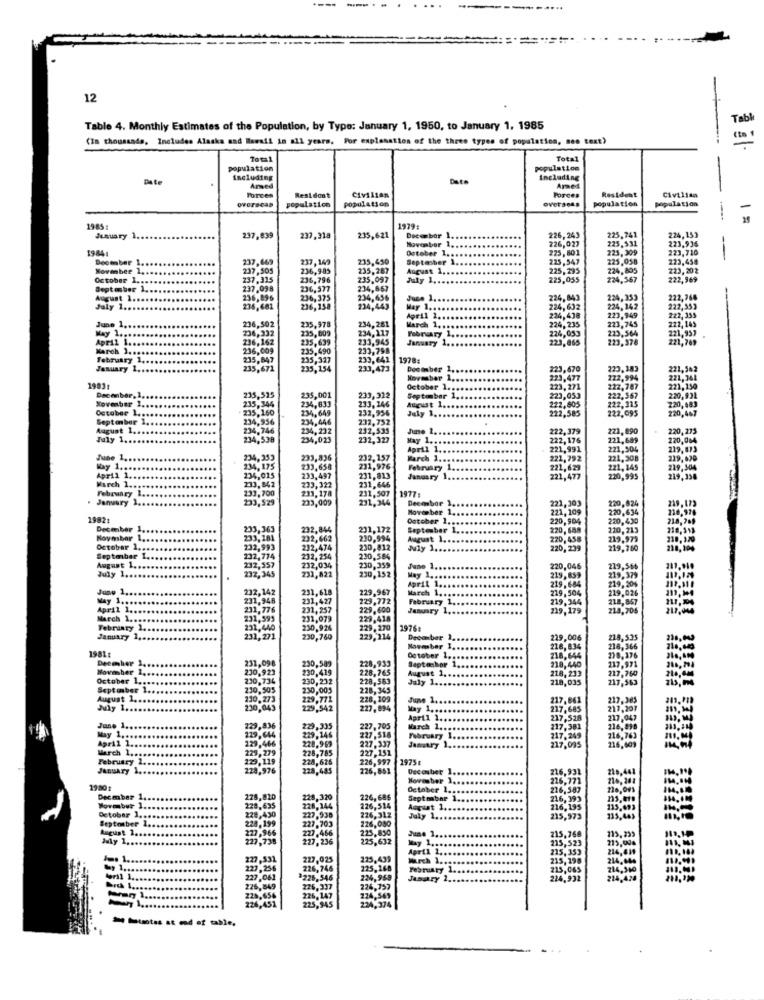
---
...
12
-
Tab
Table 4. Monthly Estimates of the Population, by Type: January 1, 1950, to January 1, 1985
(In thousands, Includes Alaska and Hawaii in all years. For explanation of the three types of population, men text)
Total
Total
population
population
Date
including
Date
including
Armed
Ames
Civilian
Forces
population
Resident
population
Civilian
overseas
POTCes
population
Resident
population
1985:
1979:
January
......
237,839
237,318
235,621
November 1.
Dece bar
226,243
225,741
225,531
224,153
223,934
19841
October 1 ...
225,801
225, 309
223,720
--
Deember 1.
237,669
237,149
235,450
Septasber 1
225,547
225,058
223,458
November 1 ..
237,505
236,985
235,287
August 1 ..
225,295
224,805
223,202
October 1 ...
237.315
236,796
235,097
July 1 ...
225,055
224,567
222,969
September 1
237,098
236.577
234,667
August 1.
236,896
236,375
234,656
224,843
224,353
222,768
July 1 ..
236,681
236,158
234,443
224,632
224,142
222,353
June 1 ..
236,502
April 2 ...
224,438
224,235
223,949
223,745
222, 143
222, 335
May 1 ...
236,332
235,809
235,978
234,117
234,281
March 1 ...
February 1
224,053
221,957
April 1 ...
236,162
235,639
233,945
January 1.
223,865
223,564
223,378
221,769
March 1 ..
216,009
235,490
233,798
february 1.
235,847
235,327
233,641
1978:
January 1.
235,671
235,154
233,473
Deciber 1.
223,670
223,183
221,542
November 1,
223,477
122,994
221,341
1903
October 1,
223,271
222,787
221,150
235,515
235,344
235,001
233,322
September 1
223,053
222,805
222,567
222,315
220,931
October 1 ..
235,160
234,833
233, 246
232,956
August 1 ...
July 1 ...
222,585
222.095
220,683
220,467
September 1
234,956
234,649
234,446
232,752
August 1 ...
234.746
234,232
232,535
222,379
221,890
220,273
July 1 ..
234,538
234,023
232,327
May 1 ..
222, 176
221,689
220,064
April 1 ..
221,991
221,504
219,873
June 1 ..
234,353
233,836
232,157
March 1 ..
221,792
221,308
229,620
Way 1 ...
234,175
233,658
231,976
February 1
221,629
221, 145
229,304
April 1 ..
234,015
233,842
233,497
231,813
January 1.
221,477
220,995
March 1 ..
February 1
233,700
233,322
233,178
231,646
231,507
1977:
January 1.
233,529
233,009
231,344
Decesbor 1
221,303
Moves ber 1 ..
221,109
220,824
220,634
216,976
1982₺
October 1 ..
220,904
220,430
218,769
Decenber
233,363
232,844
231,172
September 1 ..
220,688
220,213
216, 518
Mayosbor 1.
233,181
232,662
230,994
August 1 ...
220,458
219,979
October 2,
232,993
232,474
230,812
July 1 ...
220, 239
219,760
228,104
September 1.
August 1 ..
232.774
232, 254
230,584
July 1 ...
232,557
232,345
232,034
230,359
June 1 ..
220,046
219,566
231,822
230,152
April 1 ..
May 1 ...
..........
219,859
219,684
219,379
219,20%
June 1 ..
232,142
231,618
229,967
March 1 ..
219,504
219,026
May 1 ..
231,946
231,427
229,772
February 1.
219,344
April 1.
231, 776
231,257
229,600
January 1.
219,179
218,705
March 1 ...
231,595
231,079
229,418
February 2.
231,440
230,926
229,270
1976:
January 1,
231,271
230,760
229,214
December 1,
229,006
218,535
110,00
1981:
Nowebar I,
......
218,834
218,366
December 1,
231,098
230,589
October 1 ..
Saptanbor 1
218,644
218,440
238,176
Wowmber 1.
230,923
230,419
228,933
218,213
217,971
October 1 ..
230,734
230,232
228,583
228,765
August 1 ...
July 1 ...
218,035
217,760
217,563
September 1.
230,505
230,005
228,345
August 1 ...
230.273
229,771
228,209
June 1 ..
217,861
217.385
July 1 ..
230,043
229,542
227,894
May 1 ....
217,685
217,207
April 1 ..
217,528
217,047
June 1.
229,836
229,335
227,705
March 1 ...
217,381
216,898
April 1.
May 1 ...
119,644
229,146
227,518
227,337
February 1
217.249
217.095
216,763
March 1 ..
229,466
228.969
228,785
January 1.
216,609
February 2.
229, 2
229,119
228,625
227,151
226,997
1975€
January 1.
228.976
228,485
226,851
Decouber 1
216,932
21.0,441
November 1
216,771
19801
October 1.
216,587
216,093
Decmber 1
228,820
228,320
226, 686
Septmbar 1 ..
216, 393
1s, et
Detobar 1,
228,635
228,144
226,514
August 1 ..
216,195
115,693
September 2
228,430
227,938
226,312
226,080
July 1 ...
215,973
215,443
August 1 ..
228,199
227,703
225,850
215,768
215,295
July 1.
227,966
227,738
227.466
227,236
225,632
215,523
219,
April 2 ...
215,353
227,531
227,025
225,439
March 1 ..
215, 198
227,256
226,746
225,268
February 1.
215,065
227,061
226.546
224,959
JADOREY 2.
224.932
226,849
226,337
224,757
228,656
226,451
226, 147
224,569
225,945
224,374
- Mustas st ed of tile.